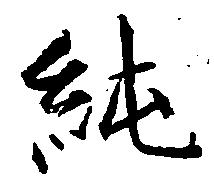
純